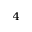
_ 4